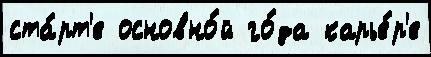
ста́рт'е основно́й го́да карье́р'е